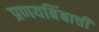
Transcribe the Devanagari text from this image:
प्रणयबिंबाची